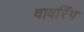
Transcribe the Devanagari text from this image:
वावरिंग